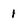
Character: 1